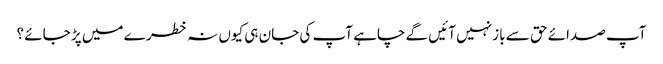
آپ صدائے حق سے باز نہیں آئیں گے چاہے آپ کی جان ہی کیوں نہ خطر ے میں پڑ جائے ؟